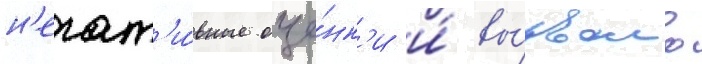
н'егат'и́вные оце́нк'и и́ вы́звало